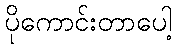
ပိုကောင်းတာပေါ့